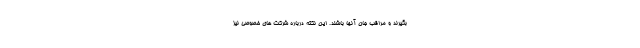
بگیرند و مراقب جان آنها باشند. این نکته درباره شرکت های خصوصی نیز